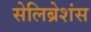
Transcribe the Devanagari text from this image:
सेलिब्रेशंस